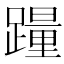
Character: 𰸮